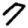
Digit: 7